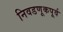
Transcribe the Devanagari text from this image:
निवडणूकपूर्व